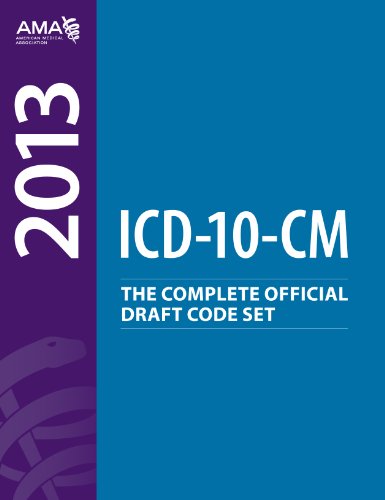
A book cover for ICD-10-CM 2013: The Complete Official Draft Code Set; American Medical Association; Medical Books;